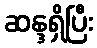
ဆန္ဒရှိပြီး